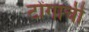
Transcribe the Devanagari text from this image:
टोंगाची